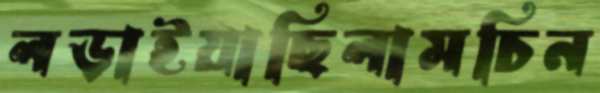
লড়াইয়াছিলামচিন